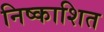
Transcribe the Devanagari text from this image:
निष्काशित